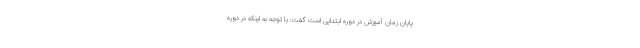
پایان زمان آموزش در دوره ابتدایی است گفت: با توجه به اینکه در دوره